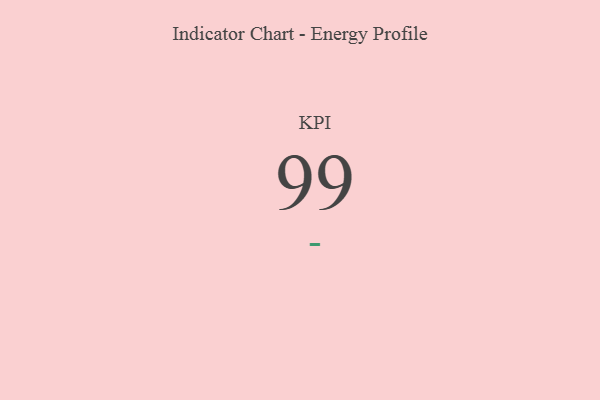
{"axis": {"x": "KPI", "y": "Value"}, "legend": [""], "data": [{"x": "KPI", "y": 99, "type": ""}]}